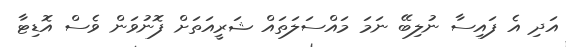
އަދި އެ ފައިސާ ނުލިބޭ ނަމަ މައްސަލަތައް ޝަރީއަތަށް ފޮނުވަން ވެސް އޮޑިޓާ